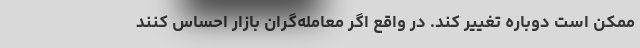
ممکن است دوباره تغییر کند. در واقع اگر معامله‌گران بازار احساس کنند